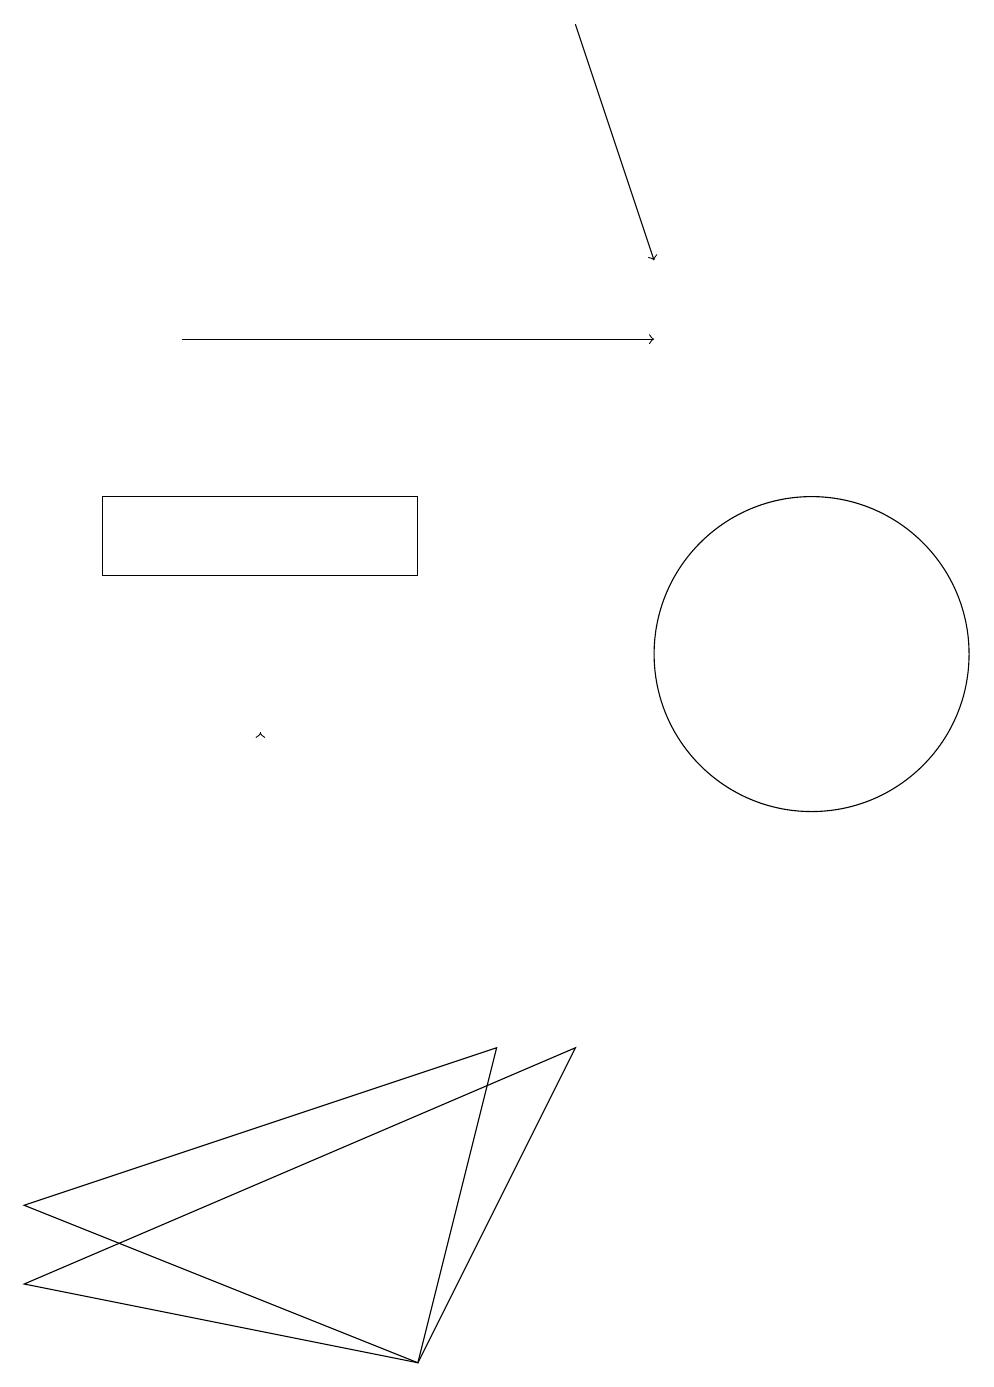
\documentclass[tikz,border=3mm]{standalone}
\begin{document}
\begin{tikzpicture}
\draw (5,12) rectangle (1,13);
\draw[->] (3,10) -- (3,10);
\draw[->] (2,15) -- (8,15);
\draw[->] (7,19) -- (8,16);
\draw (10,11) circle (2);
\draw (7,6) -- (5,2) -- (0,3) -- cycle;
\draw (5,2) -- (0,4) -- (6,6) -- cycle;
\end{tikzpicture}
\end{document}